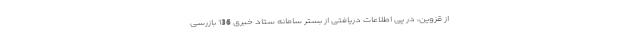
از قزوین، در پی اطلاعات دریافتی از بستر سامانه ستاد خبری 136 بازرسی